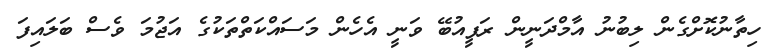
ހިތާނުކޮށްގެން ލިބުނު އާމްދަނީން ރަފީއުބޭ ވަނީ އެހެން މަސައްކަތްތަކުގެ އަޖުމަ ވެސް ބަލައިފަ